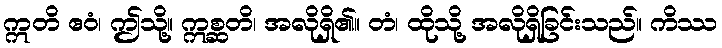
ဣတိ ဧဝံ၊ ဤသို့။ ဣစ္ဆတိ၊ အလိုရှိ၏။ တံ၊ ထိုသို့ အလိုရှိခြင်းသည်။ ကိဿ